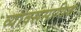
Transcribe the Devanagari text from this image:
व्यावससायिक